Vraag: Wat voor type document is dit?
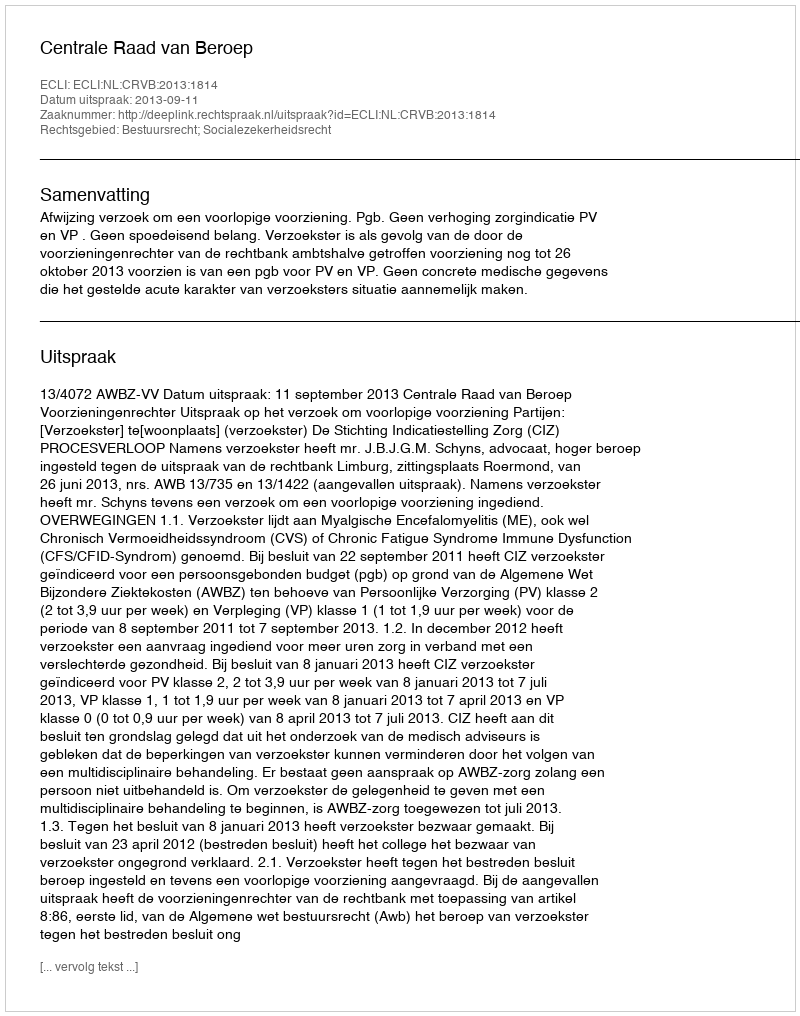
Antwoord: Uitspraak